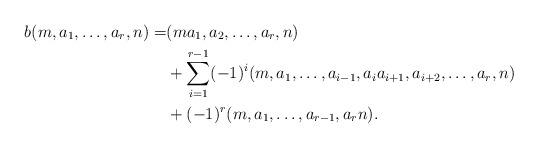
LaTeX: \begin{align*}b(m,a_1, \ldots , a_r,n) = &(ma_1,a_2, \ldots, a_r,n)\\ &+ \sum_{i=1}^{r-1}(-1)^i (m,a_1, \ldots, a_{i-1}, a_ia_{i+1}, a_{i+2}, \ldots, a_r,n)\\&+ (-1)^r (m,a_1, \ldots, a_{r-1},a_rn).\end{align*}